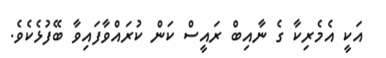
އަކީ އެމެރިކާ ގެ ނާއިބް ރައީސް ކަން ކުރައްވާފައިވާ ބޭފުޅެކެވެ.